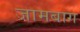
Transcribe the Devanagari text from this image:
जामबाग